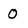
Character: O